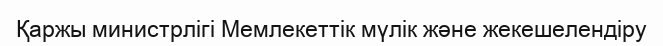
Қаржы министрлігі Мемлекеттік мүлік және жекешелендіру